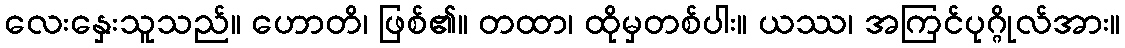
လေးနှေးသူသည်။ ဟောတိ၊ ဖြစ်၏။ တထာ၊ ထိုမှတစ်ပါး။ ယဿ၊ အကြင်ပုဂ္ဂိုလ်အား။